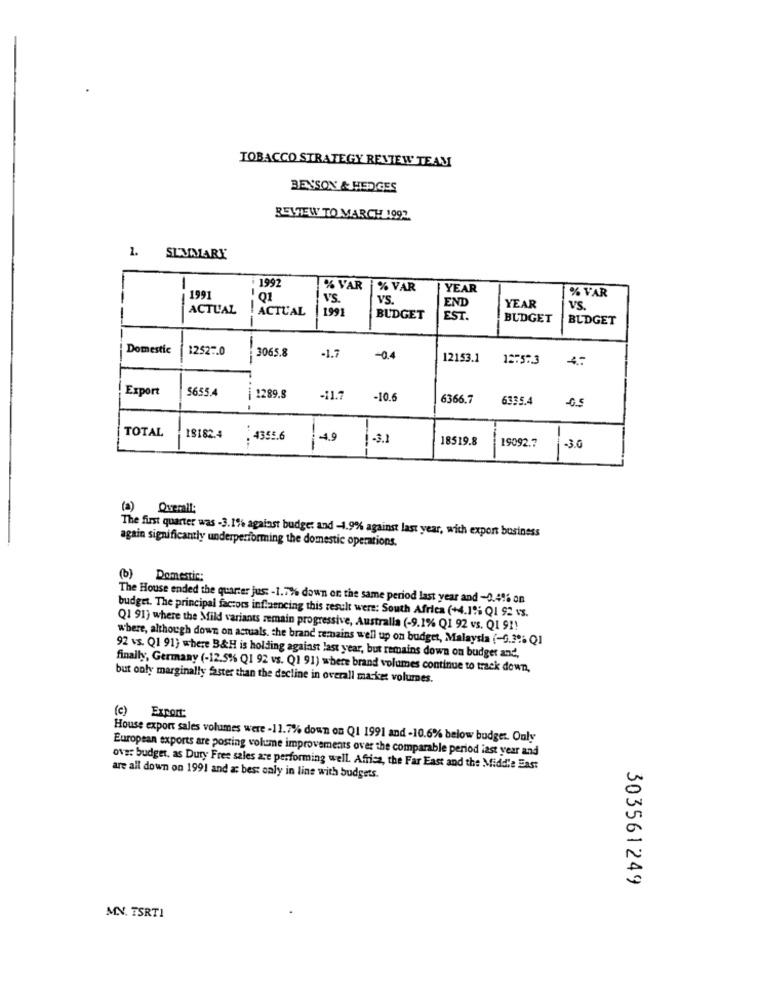
TOBACCO STRATEGY REVIEW TEAM
BENSON & HEDGES
REVIEW TO MARCH 1992
1. SLUMARY
: 1992
% VAR
% VAR
YEAR
% VAR
1991
--
VS.
VS.
ACTUAL
ACTUAL
1 1991
END
YEAR
VS.
BUDGET
EST.
BUDGET
BUDGET
Domestic
12527.0
3065.8
--
-1.7
-0.4
12153.1
12757.3
Export
5655.4
1289.8
-11.7
-10.6
6366.7
6335.4
TOTAL
18182.4
.4355.6
-4.9
1-3.1
18519.8
-
19092.7
-3.0
(a) Overall;
The first quarter was -3. 1% against budget and -1.9% against last year, with expon business
again significantly underperforming the domestic operations.
(b) Domestic:
The House ended the quarter jus: - 1.7%% down on the same period last year and -0.496 on
budget. The principal factors influencing this result wers: South Africa (+4.15: Q1 92 vs.
Q1 91) where the Mild variants remain progressive, Australia (-9.1% Q1 92 vs. Q1 9 !!
where, although down on actuals. the brand remains well up on budget, Malaysia (-0.2% Q1
92 vs. Q1 91) where B&H is holding against last year, but remains down on budget and
finally, Germany (-12.5% Q1 92 vs. Q1 91) where brand volumes continue to track down,
but only marginally faster than the decline in overall market volumes.
(c) Export
House export sales volumes were -11.7% down on Q1 1991 and -10.6% below budget. Only
European exports are posting volume improvements over the comparable period last year and
over budget, as Duty Free sales are performing well. Africa, the Far East and the Middle East
are all down on 1991 and a: bes: only in line with budgets.
303561249
MN. TSRT1